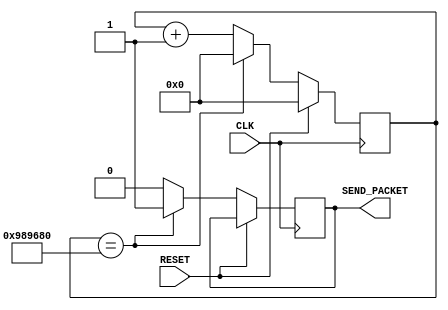
`timescale 1ns / 1ps
//////////////////////////////////////////////////////////////////////////////////
// Company: University of Edinburgh
// 
// Design Name: 
// Module Name: TENHz_Counter2
// Project Name: 
// Target Devices: 
// Tool Versions: 
// Description: 
// 
// Dependencies: 
// 
// Revision:
// Revision 0.01 - File Created
// Additional Comments:
// 
//////////////////////////////////////////////////////////////////////////////////


module TENHz_Counter2(
    input CLK,
    input RESET,
    //Declare SEND_PACKET as a register to store values that will be used
    //in an always statement
    output reg SEND_PACKET
    );
    
    //Creat a register to store values of a clock cycle counter
    reg [23:0] Counter;
    
    //Generate 10Hz SEND_PACKET signal
    always@(posedge CLK) begin
        if (RESET)
            Counter <= 0;
        else begin
            //Logic for whether 10000000 clock cycles has been reached
            if (Counter == 10000000) begin
                Counter <= 0;
                SEND_PACKET <= 1; //SEND_PACKET signal produced every 10000000 clock cycle to produce frequency 10Hz
            end 
            else begin
                Counter <= Counter + 1; //Continute coutning clock signals
                SEND_PACKET <= 0;
            end
        end
    end
    
endmodule